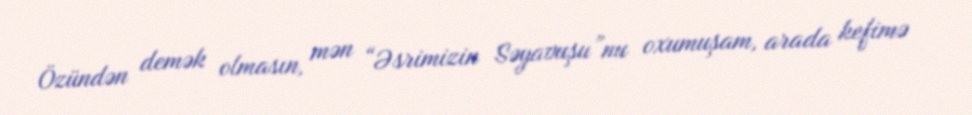
Özündən demək olmasın, mən “Əsrimizin Səyavuşu”nu oxumuşam, arada kefimə